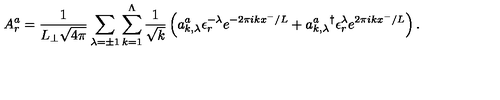
A _ { r } ^ { a } = \frac { 1 } { L _ { \perp } \sqrt { 4 \pi } } \sum _ { \lambda = \pm 1 } \sum _ { k = 1 } ^ { \Lambda } \frac { 1 } { \sqrt { k } } \left( a _ { k , \lambda } ^ { a } \epsilon _ { r } ^ { - \lambda } e ^ { - 2 \pi i k x ^ { - } / L } + { a _ { k , \lambda } ^ { a } } ^ { \dag } \epsilon _ { r } ^ { \lambda } e ^ { 2 \pi i k x ^ { - } / L } \right) .